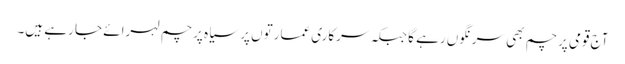
آج قومی پرچم بھی سرنگوں رہے گا جبکہ سرکاری عمارتوں پر سیاہ پرچم لہرائے جا رہے ہیں۔